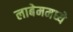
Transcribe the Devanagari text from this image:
लाबेममध्ये